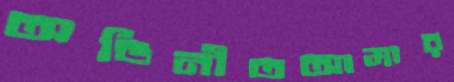
অভিনীতআমার